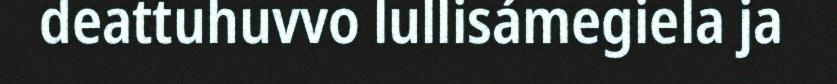
deattuhuvvo lullisámegiela ja